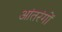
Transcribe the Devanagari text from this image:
आंतरंगों